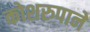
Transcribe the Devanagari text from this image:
कोशरुपाने